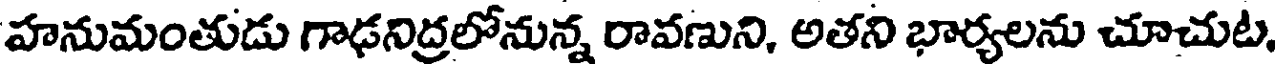
హనుమంతుడు గాఢనిద్రలోనున్న రావణుని, అతని భార్యలను చూచుట